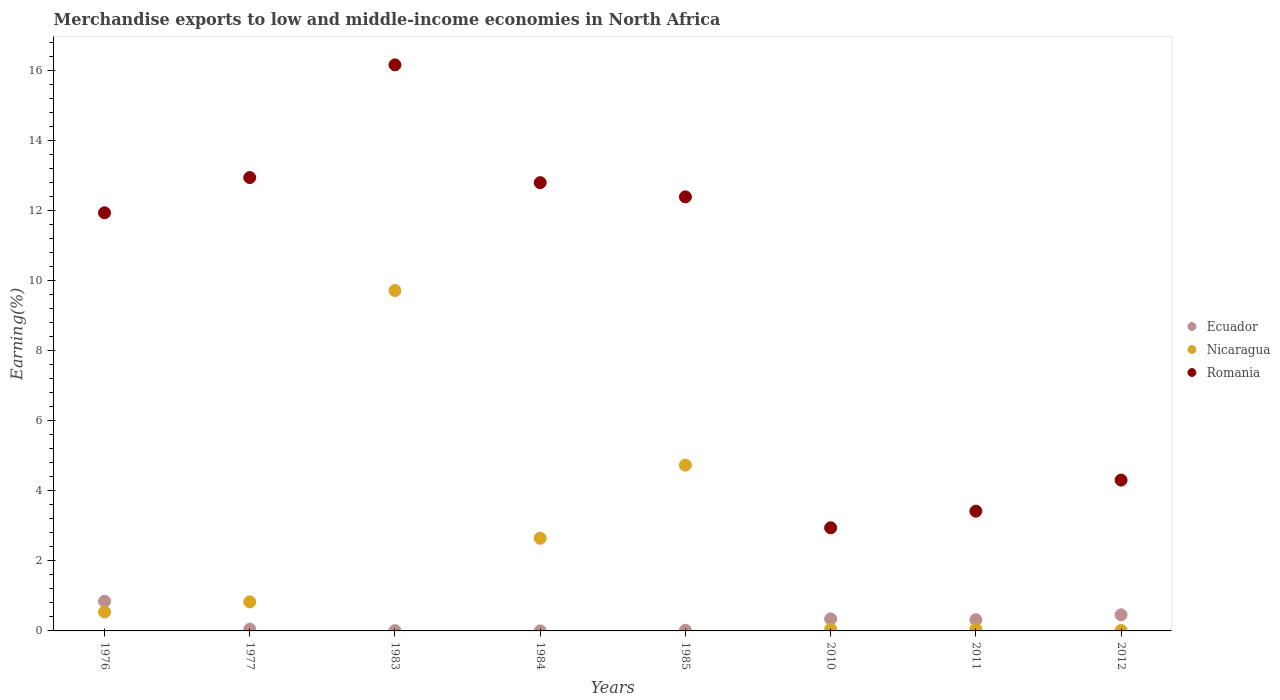
| Years | Ecuador | Nicaragua | Romania |
 | --- | --- | --- | --- |
 | 1976 | 0.846 | 0.542 | 11.9 |
 | 1977 | 0.0486 | 0.829 | 12.9 |
 | 1983 | 0.00898 | 9.72 | 16.2 |
 | 1984 | 0.00155 | 2.65 | 12.8 |
 | 1985 | 0.0196 | 4.73 | 12.4 |
 | 2010 | 0.343 | 0.0456 | 2.94 |
 | 2011 | 0.32 | 0.049 | 3.42 |
 | 2012 | 0.46 | 0.0117 | 4.31 |